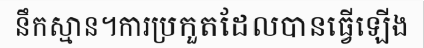
នឹកស្មាន។ការប្រកួតដែលបានធ្វើឡើង